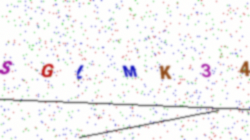
Text: SGLMK34